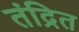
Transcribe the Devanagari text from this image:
तंद्रित